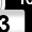
Digit: 3